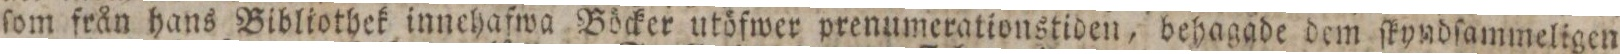
ſom från hans Bibliothek innehafwa Böcker utöfwer prenumerationstiden, behagade dem ſkyndſammeligen